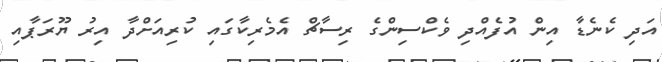
އަދި ކެނެޑާ އިން އުފެއްދި ވެކްސިންގެ ރިސާޗް އެމެރިކާގައި ކުރިއަށްދާ އިރު ޔޫރަޕާއި